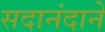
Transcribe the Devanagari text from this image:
सदानंदाने